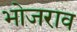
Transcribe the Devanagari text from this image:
भोजराव